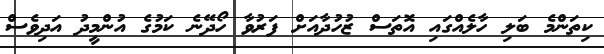
ކިތަންމެ ބަލި ހާލެއްގައި އޮތަސް ޒުހުދާއަށް ފަރުވާ ހޯދޭނެ ކަމުގެ އުންމީދު އަދިވެސް